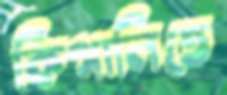
কিগালিতে